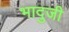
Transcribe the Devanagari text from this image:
भादुजी